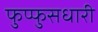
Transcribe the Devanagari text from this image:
फुप्फुसधारी